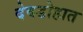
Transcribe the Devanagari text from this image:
देवडोहात